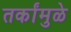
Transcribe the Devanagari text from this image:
तर्कांमुळे